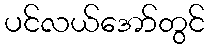
ပင်လယ်အော်တွင်